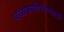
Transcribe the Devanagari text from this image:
बळकाविण्यासाठी